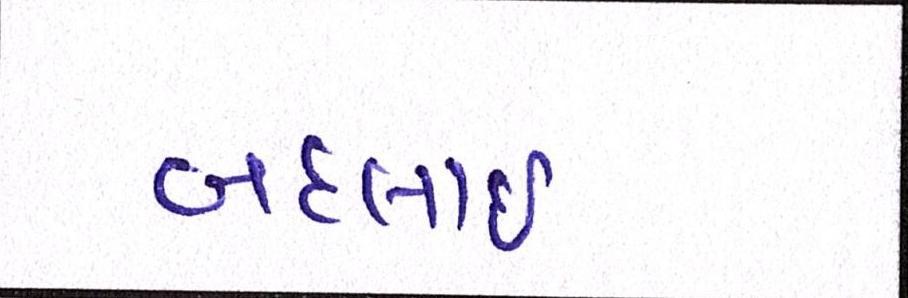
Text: બદલાઈ